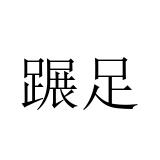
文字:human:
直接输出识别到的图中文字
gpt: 蹍足